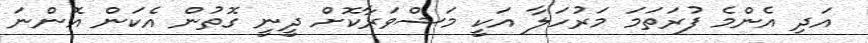
އަދި އެންމެ ފުރަތަމަ މަރުހަލާ އަކީ މަޝްވަރާކޮށް ދީނީ ގޮތުން އެކަން އޮންނަ